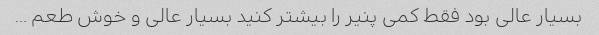
بسیار عالی بود فقط کمی پنیر را بیشتر کنید بسیار عالی و خوش طعم …